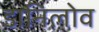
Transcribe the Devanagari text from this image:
डानिलोव